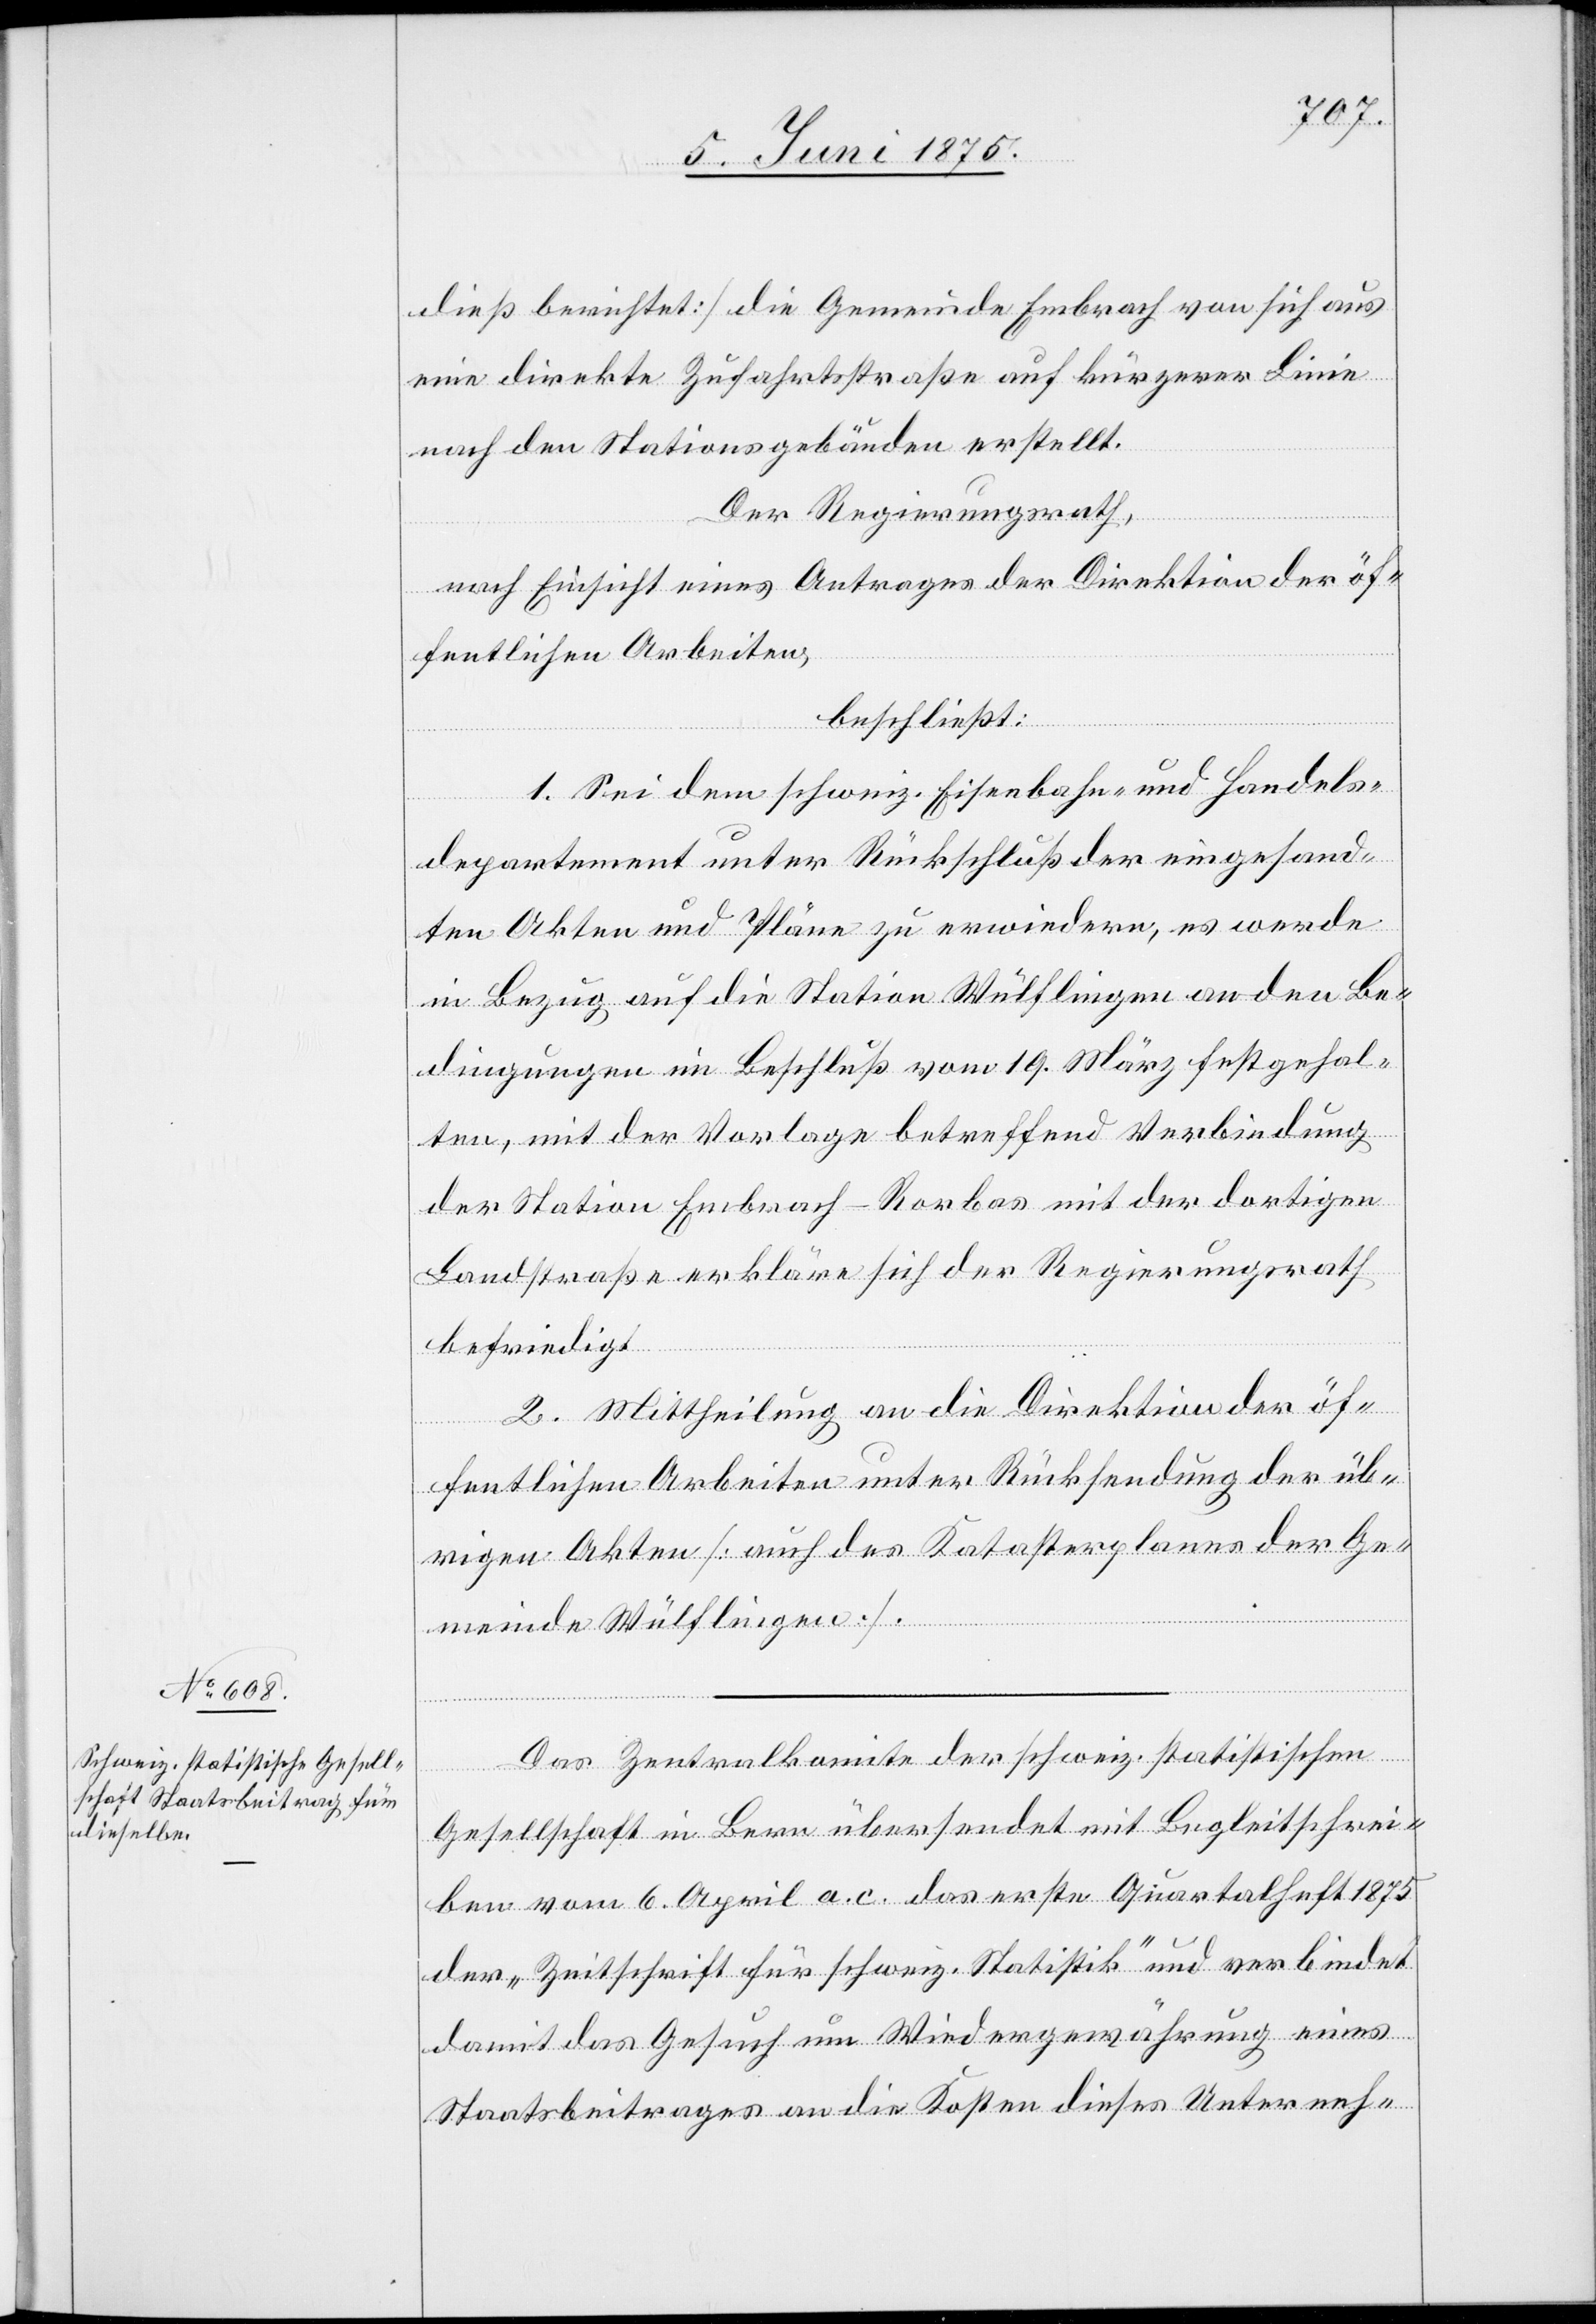
dieß berichtet] die Gemeinde Embrach von sich aus
eine direkte Zufahrtsstraße auf kürzerer Linie
nach den Stationsgebäuden erstellt.
Der Regierungsrath,
nach Einsicht eines Antrages der Direktion der öf¬
fentlichen Arbeiten,
beschließt:
1. Sei dem schweiz. Eisenbahn- und Handels¬
departement unter Rückschluß der eingesand¬
ten Akten und Pläne zu erwiedern, es werde
in Bezug auf die Station Wülflingen an den Be¬
dingungen im Beschluß vom 19. März festgehal¬
ten, mit der Vorlage betreffend Verbindung
der Station Embrach-Rorbas mir der dortigen
Landstraße erkläre sich der Regierungsrath
befriedigt.
2. Mittheilung an die Direktion der öf¬
fentlichen Arbeiten unter Rücksendung der üb¬
rigen Akten [auch des Katasterplanes der Ge¬
meinde Wülflingen].
Das Zentralkomite der schweiz. statistischen
Gesellschaft in Bern übersendet mit Begleitschrei¬
ben vom 6. April a. c. das erste Quartalheft 1875
der „Zeitschrift für schweiz. Statistik“ und verbindet
damit das Gesuch um Wiedergewährung eines
Staatsbeitrages an die kosten dieses Unterneh-